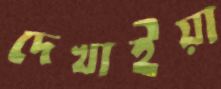
দেখাইয়া